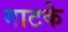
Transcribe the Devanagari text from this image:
गाटके